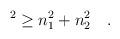
LaTeX: \begin{align*}^2\ge n_1^2+n_2^2\quad .\end{align*}